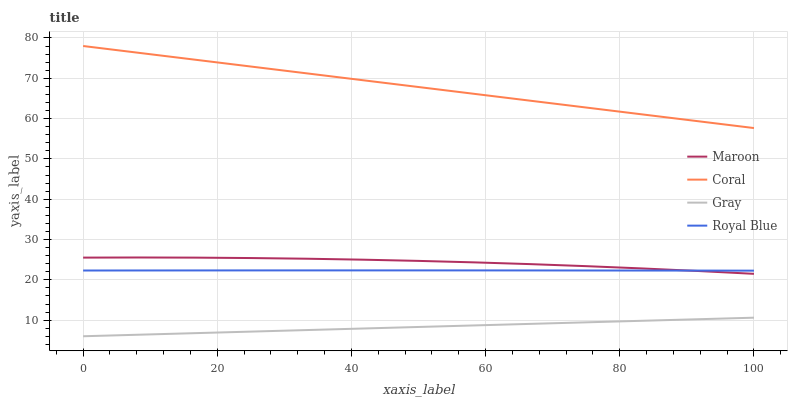
| xaxis_label | Maroon | Coral | Gray | Royal Blue |
 | --- | --- | --- | --- | --- |
 | 0 | 25.5 | 78 | 6 | 22.3 |
 | 8.33 | 25.5 | 76.3 | 6.38 | 22.3 |
 | 16.7 | 25.5 | 74.6 | 6.77 | 22.3 |
 | 25 | 25.4 | 72.9 | 7.15 | 22.3 |
 | 33.3 | 25.2 | 71.2 | 7.54 | 22.3 |
 | 41.7 | 25 | 69.5 | 7.92 | 22.3 |
 | 50 | 24.7 | 67.8 | 8.3 | 22.3 |
 | 58.3 | 24.3 | 66.1 | 8.69 | 22.3 |
 | 66.7 | 23.9 | 64.4 | 9.07 | 22.3 |
 | 75 | 23.4 | 62.7 | 9.45 | 22.3 |
 | 83.3 | 22.8 | 61 | 9.84 | 22.3 |
 | 91.7 | 22.2 | 59.3 | 10.2 | 22.3 |
 | 100 | 21.5 | 57.6 | 10.6 | 22.3 |